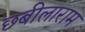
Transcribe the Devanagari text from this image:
छबीलाराम